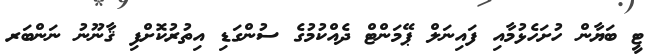
ޓީ ބަޔާން ހުށަހެޅުމާއި ފައިނަލް ޕޭމަންޓް ދެއްކުމުގެ ސުންގަޑި އިތުރުކޮށްފި ޤާނޫނު ނަންބަރ